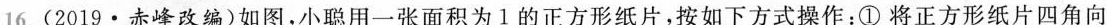
16. (2019 · 赤峰改编)如图，小聪用一张面积为 1 的正方形纸片，按如下方式操作：①将正方形纸片四角向